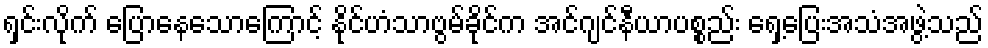
ရှင်းလိုက် ပြောနေသောကြောင့် နိုင်ဟံသာဗွမ်ခိုင်က အင်ဂျင်နီယာပစ္စည်း ရှေ့ပြေးအသံအဖွဲ့သည်